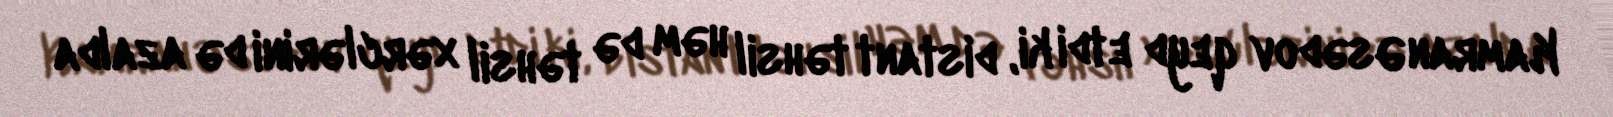
Kamran Əsədov qeyd etdi ki, distant təhsil həm də təhsil xərclərini də azalda